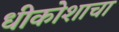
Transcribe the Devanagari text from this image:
धीकोशाचा